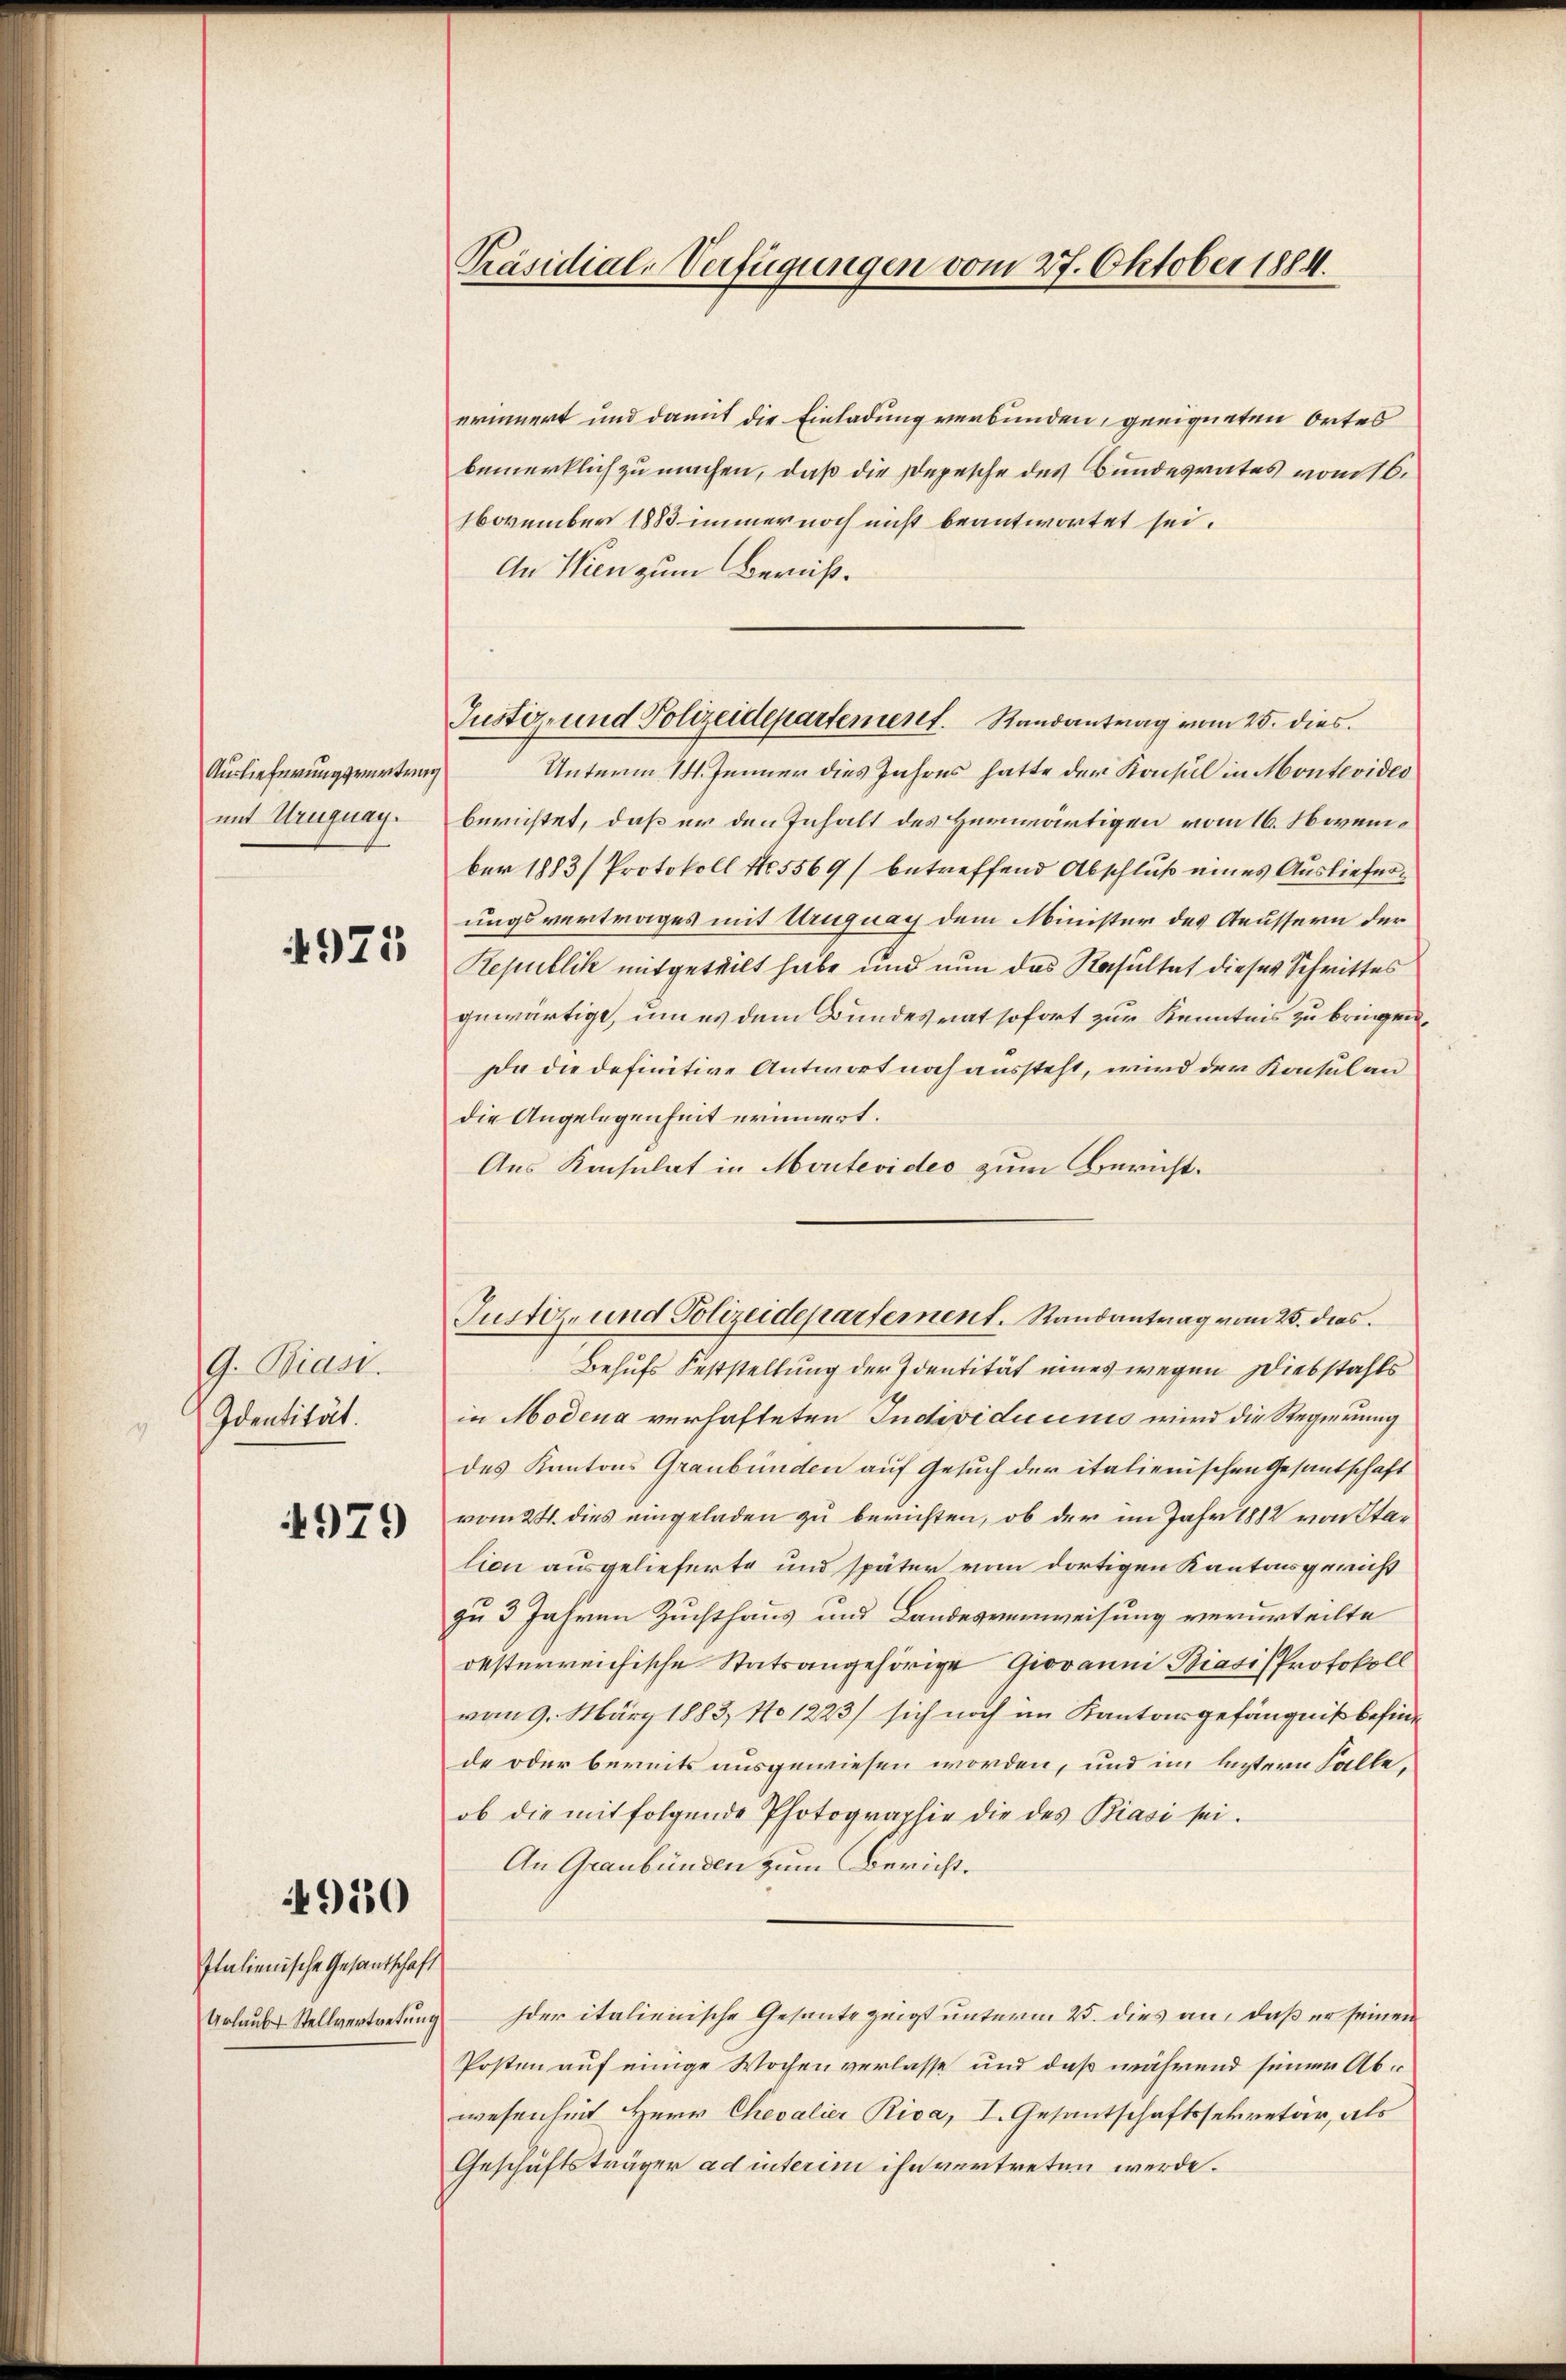
Auslieferungsvertrag
mit Uruguay.

4975

G. Bias.
Identität.

4979

4950

Italienische Gesantschaft
Urlaubt Stellvertretung

Präsidial-Verfügungen vom 27. Oktober 1884.

erinnert und damit die Einladung verbunden, geeigneten Ortes
bemerklich zu machen, daß die Depesche des Bundesrates vom 16.
November 1883 immer noch nicht beantwortet sei.
An Wien zum Bereiß¬
Unterm 14. Jenner dies Jahres hatte der Konsul in Montevideo
berichtet, daß er den Inhalt des Herwärtigen vom 16. November 1883 ( Protokoll 15569/ betreffend Abschluß eines Auslieferungsvertrages mit Uruguay dem Minister des Aeussern der
Republik mitgeteilt habe und nun das Resultat dieses Schrittes
gewärtige, um es dem Bundesrat sofort zur Kenntnis zu bringen.
Da die definitive Antwort noch aussteht, wird der Konsulan
die Angelegenheit erinnert.
Aus Konsulat in Montevideo zum Bericht.
Justiz- und Polizeidepartement. Randantrag vom 25. dies
Behufs Feststellung der Identität eines wegen Diebstahls
in Modena verhafteten Individuums wird die Regierung
des Kantons Graubünden auf Gesuch der italienischen Gesantschaft
vom 24. dies eingeladen zu berichten, ob der im Jahr 1882 von Station ausgelieferte und später vom dortigen Kantonsgericht
zu 3 Jahren Zuchthaus und Landesverweisung verurteilte
desterreichische Statsangehörige Giovanni Biasis Protokoll
vom 9. März 1883, No 1223/ sich noch im Kantonsgefängniß befind
de oder bereits ausgewiesen worden, und im leztern Falle,
ob die mit folgende Photographie die des Biasi sei.
An Graubünden zum Bericht.
Ider italienische Gesante zeigt unterm 25. dies an, daß er seinen
Posten auf einige Wochenverlasse und daß während seiner Abwesenheit Herr Chevalier Riva, I. Gesantschaftssekretär, als
Geschäftsträger ad interim ihn vertreten werde.

Justiz- und Polizeidepartement. Randantrag vom 25. dies